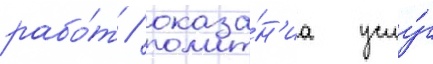
рабо́т / оказа́н'иа услу́г